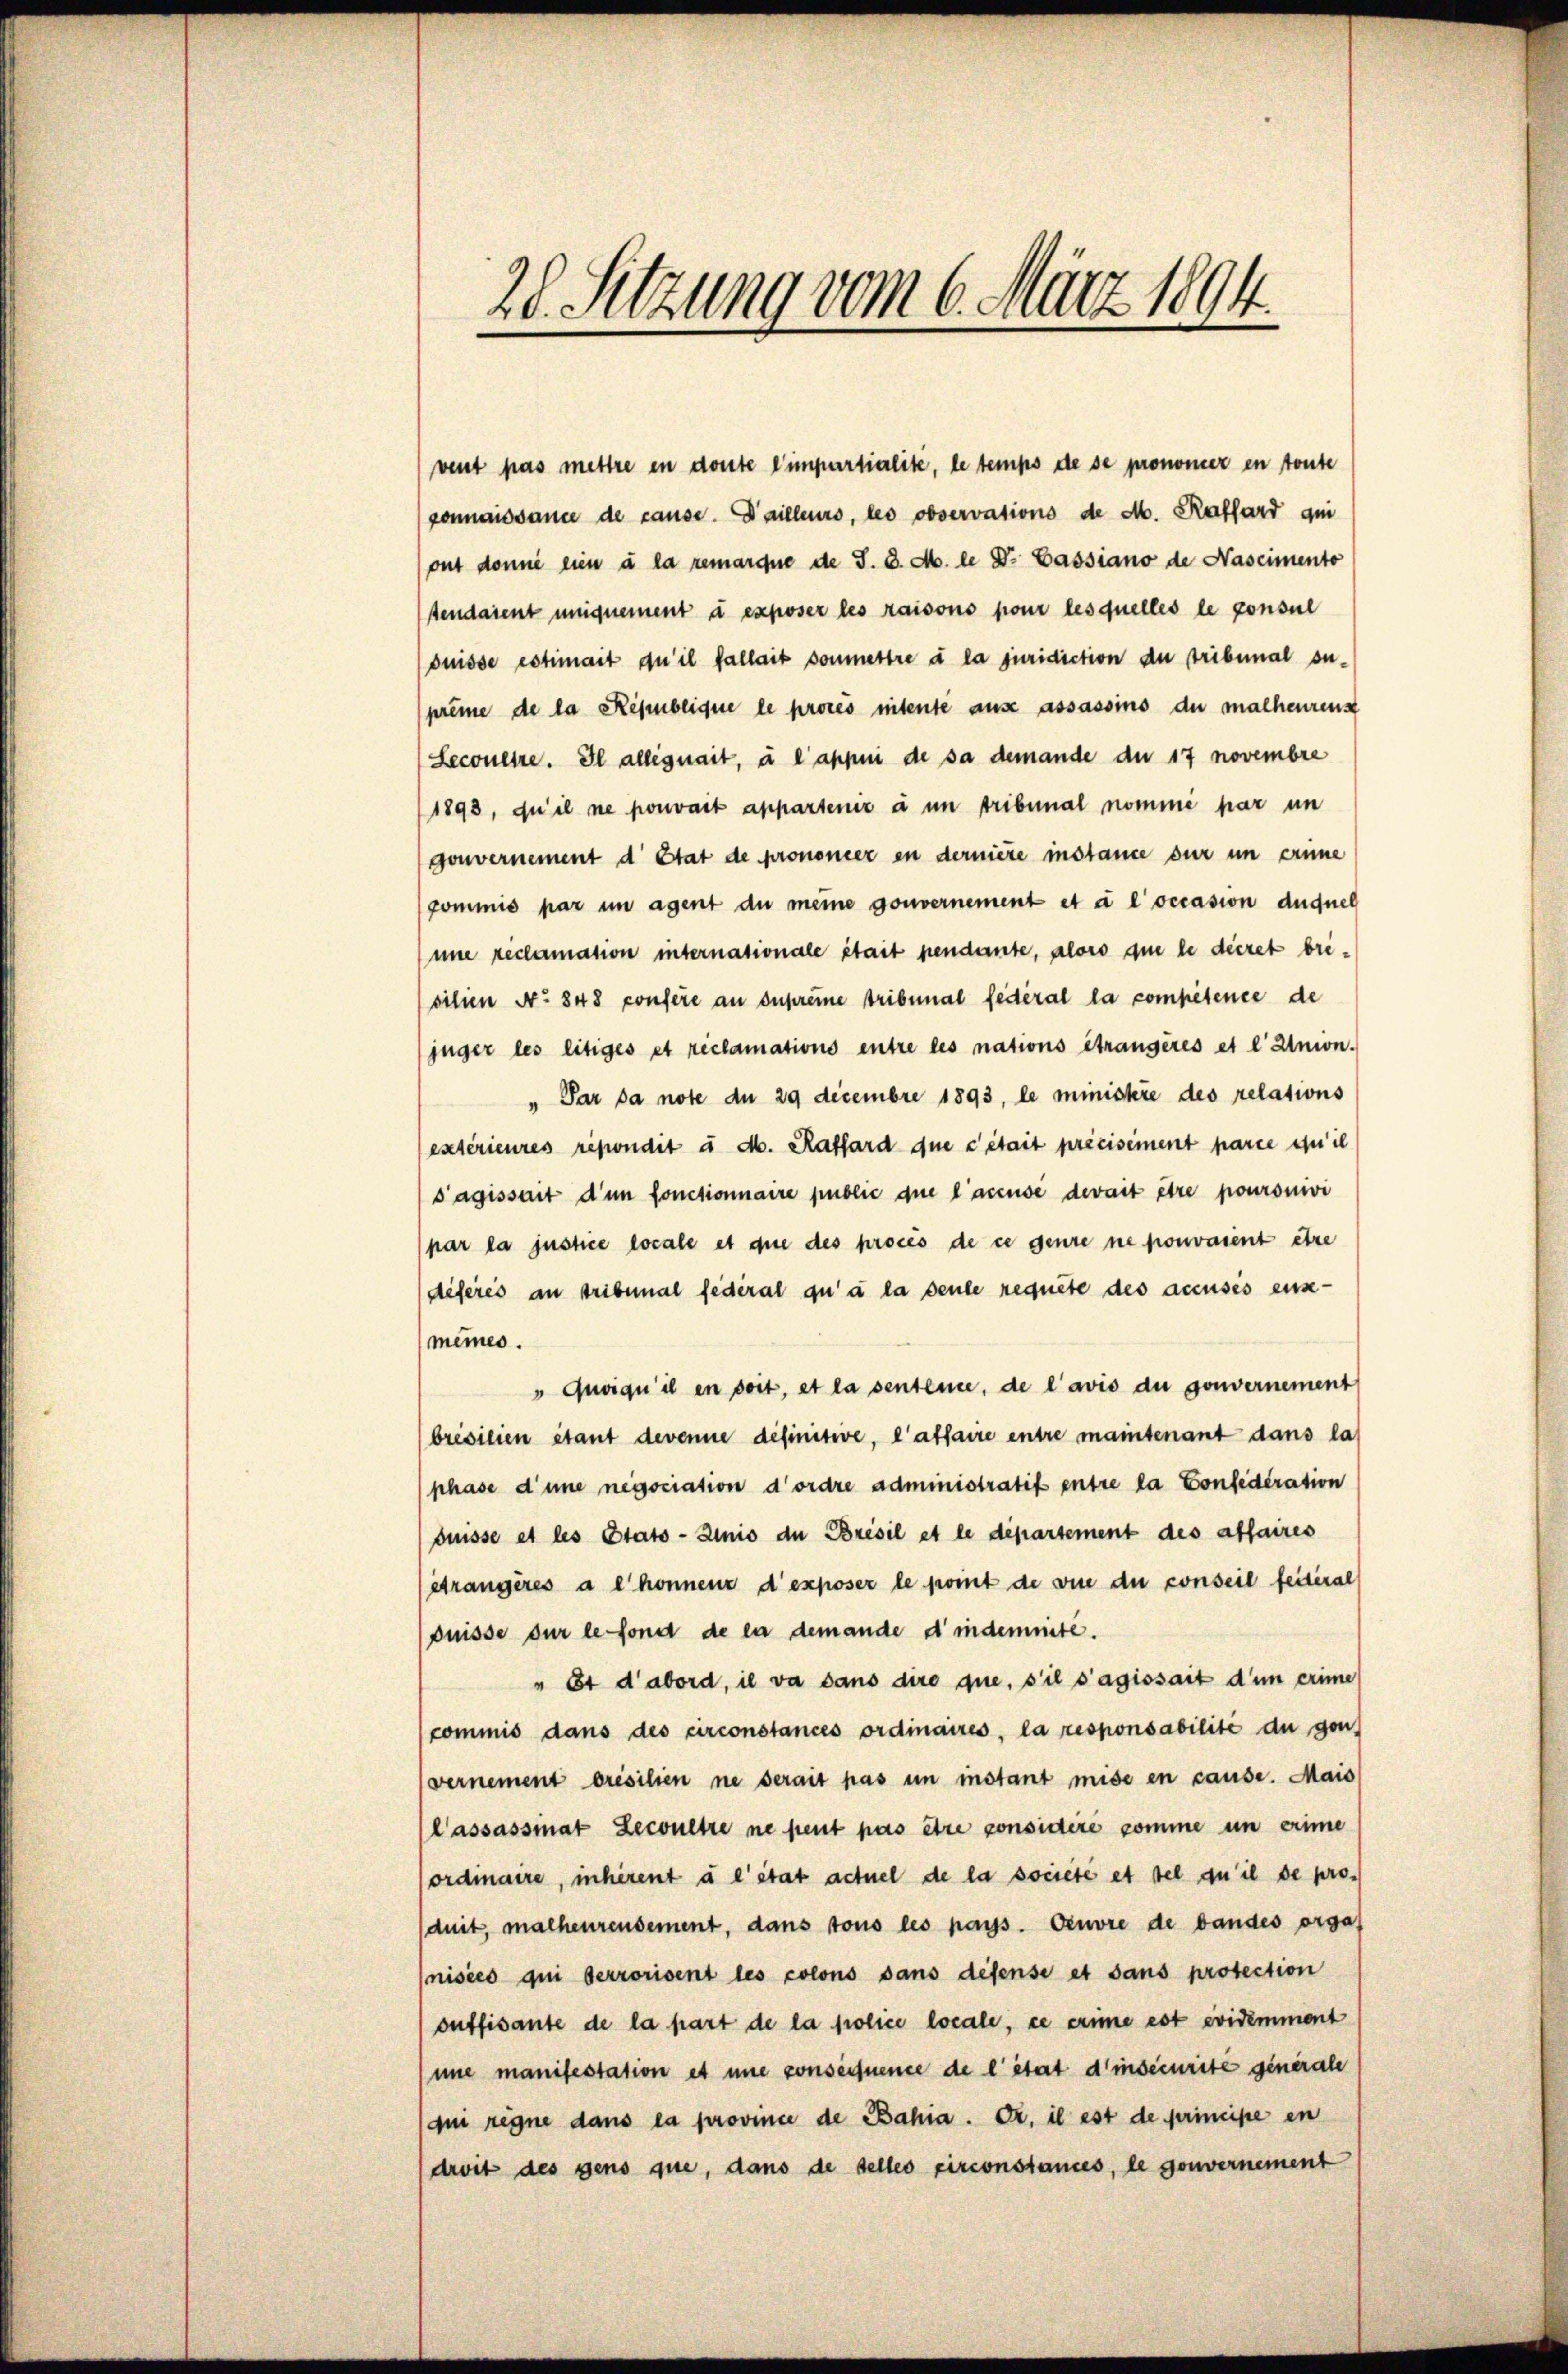
28. Setzung vom 6. März 1894.

vent pas mettre en doute l’impartialité, le temps de se prononcer en toute
connaissance de cause. Dailleurs, les observations de M. Rathard qui
out donne eien à la remarque de S. 3. M. le Dr. Cassiano de Nascimento
tendaient uniquement à exposer les raisons pour lesquelles le consul
suisse estimait du il fallait soumettre à la juridiction de tribunal ou-
prême de la République le prores nitente ause assassins du malheureust
Seconere. Il allegnait, à l’appen de sa demande du 17 novembre
/1893, qu’il ne pouvait appartenir à un tribunal nommé par un
gouvernement d Etat de prononcer en dernière instance sur in erine
ommis par im agent du meine gouvernement et à l’occasion auquel
une reclamation internationale était pendante, aloro die le dieret brisilien No 848 confere an supreme tribunal fédéral la compétence de
juger les litiges et reclamations entre les nations étrangères et l' Union.
" Par da note du 29 decembre 1893, le ministere des relations
(extérieures répondit u. M. Rathard que cétait précisément parie qu’il
s’agissait d’un fonctionnaire public que l’accusé devait être pouronivi
(par la justice locale et que des procès de ce genre ne pouvaient être
deferes an tribunal fédéral qu’à la deute requite des accusés ensemêmes.
" Quoiqu’il en soit, et la senteme, de l’avis du gouvernement
brésilien étant devenue definitive, l’affaire entre maintenant dans la
phase d’une negociation d’ordre administratif entre la Confederation
duisse et les Etats-Zinio der Bresil et le département des affaires
etrangères a l könnens d’exposer le point de vie du conseil feiteral
duisse sur le fond de en demande d’indemiete.
" Et d’abord, il va dans dire que, s’il s’agissait d’un crime
(commis dans des circonstances ordinaires, la responsabilité du gon-
(vernement présilien ne serait pas in instant mise en cause. Mais
Cassassmat Lecoultre ne peut pas être considère comme in erine
ordinaire, inhérent à l’état actuel de la societe et sel qu’il de produit, malheurendement, dans tous les pays. Ceuvre de bandes organisées qui verrorient les colons sans defense et sans protection
ouffisante de la part de la folice locale, ce die est evidemment
une manifestation et une consequence de l’état d’indecurite generale
qui regne dans la province de Bahia. Dr. il est de principe en
droit des gens que, dans de selles circonstances, le gouvernement